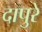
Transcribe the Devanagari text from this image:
दापुरे